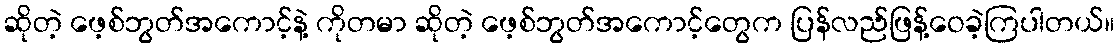
ဆိုတဲ့ ဖေ့စ်ဘွတ်အကောင့်နဲ့ ကိုတမာ ဆိုတဲ့ ဖေ့စ်ဘွတ်အကောင့်တွေက ပြန်လည်ဖြန့်ဝေခဲ့ကြပါတယ်။